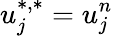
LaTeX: u_{j}^{\ast,\ast}=u_{j}^{n}